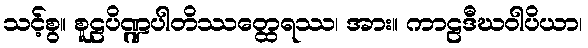
သင့်စွ။ စူဠပိဏ္ဍပါတိဿတ္ထေရဿ၊ အား။ ကာဠဒီဃဝါပိယာ၊